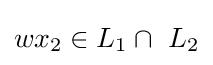
wx_{2}\in L_{1}\cap \ L_{2}